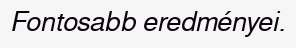
Fontosabb eredményei.